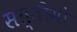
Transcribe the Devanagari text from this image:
सत्तीमो